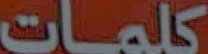
كلمات